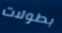
بطولات